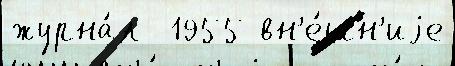
журна́л  1955 вн'е́шн'иjе